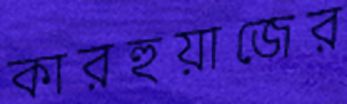
কারহুয়াজের